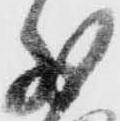
少